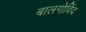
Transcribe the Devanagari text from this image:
बालगोविंद